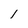
Character: 1